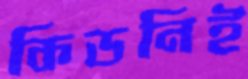
কিডনিই